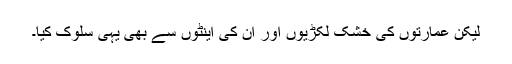
لیکن عمارتوں کی خشک لکڑیوں اور ان کی اینٹوں سے بھی یہی سلوک کیا۔